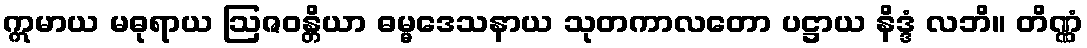
ဣမာယ မဓုရာယ ဩဇဝန္တိယာ ဓမ္မဒေသနာယ သုတကာလတော ပဋ္ဌာယ နိဒ္ဒံ လဘိ။ တိဏ္ဏံ